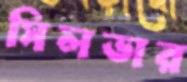
সিলভার